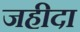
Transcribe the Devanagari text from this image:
जहीदा